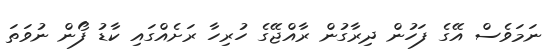
ނަމަވެސް އޭގެ ފަހުން ދިރާގުން ރާއްޖޭގެ ހުރިހާ ރަށެއްގައި ކާޑު ފޯން ނުވަތަ